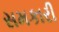
સમકારી